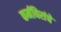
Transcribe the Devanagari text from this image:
कर्मविरांचे